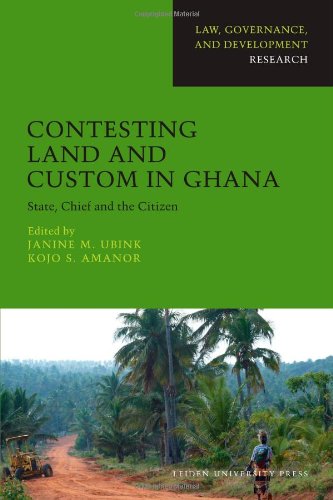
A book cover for Contesting Land and Custom in Ghana: State, Chief and the Citizen (AUP - Law, Governance, and Development R); Law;